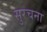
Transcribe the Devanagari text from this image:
सुरचना